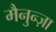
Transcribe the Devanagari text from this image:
मैनुन्ज़ा